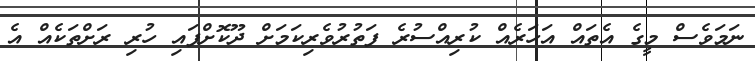
ނަމަވެސް މީގެ އެތައް އަހަރެއް ކުރިއްސުރެ ފަތުރުވެރިކަމަށް ދޫކޮށްފައި ހުރި ރަށްތަކެއް އެ